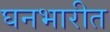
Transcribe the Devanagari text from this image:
घनभारीत